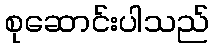
စုဆောင်းပါသည်